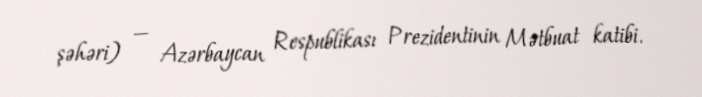
şəhəri) — Azərbaycan Respublikası Prezidentinin Mətbuat katibi.